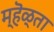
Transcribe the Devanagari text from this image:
म्हॆळ्ता